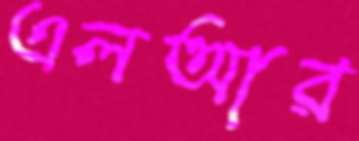
এলআর